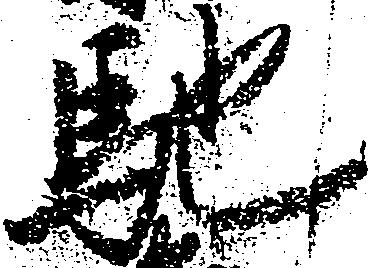
馳